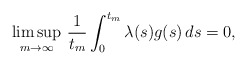
\begin{align*}\limsup_{m\to\infty}\,\frac{1}{t_m}\int_0^{t_m}\lambda(s)g(s)\,ds=0,\end{align*}